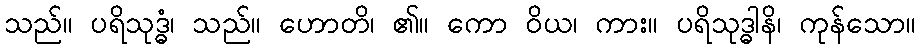
သည်။ ပရိသုဒ္ဓံ၊ သည်။ ဟောတိ၊ ၏။ ကော ဝိယ၊ ကား။ ပရိသုဒ္ဓါနိ၊ ကုန်သော။